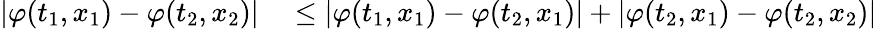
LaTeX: \begin{array}{rl}{|\varphi(t_{1},x_{1})-\varphi(t_{2},x_{2})|}&{{}\le|\varphi(t_{1},x_{1})-\varphi(t_{2},x_{1})|+|\varphi(t_{2},x_{1})-\varphi(t_{2},x_{2})|}\end{array}